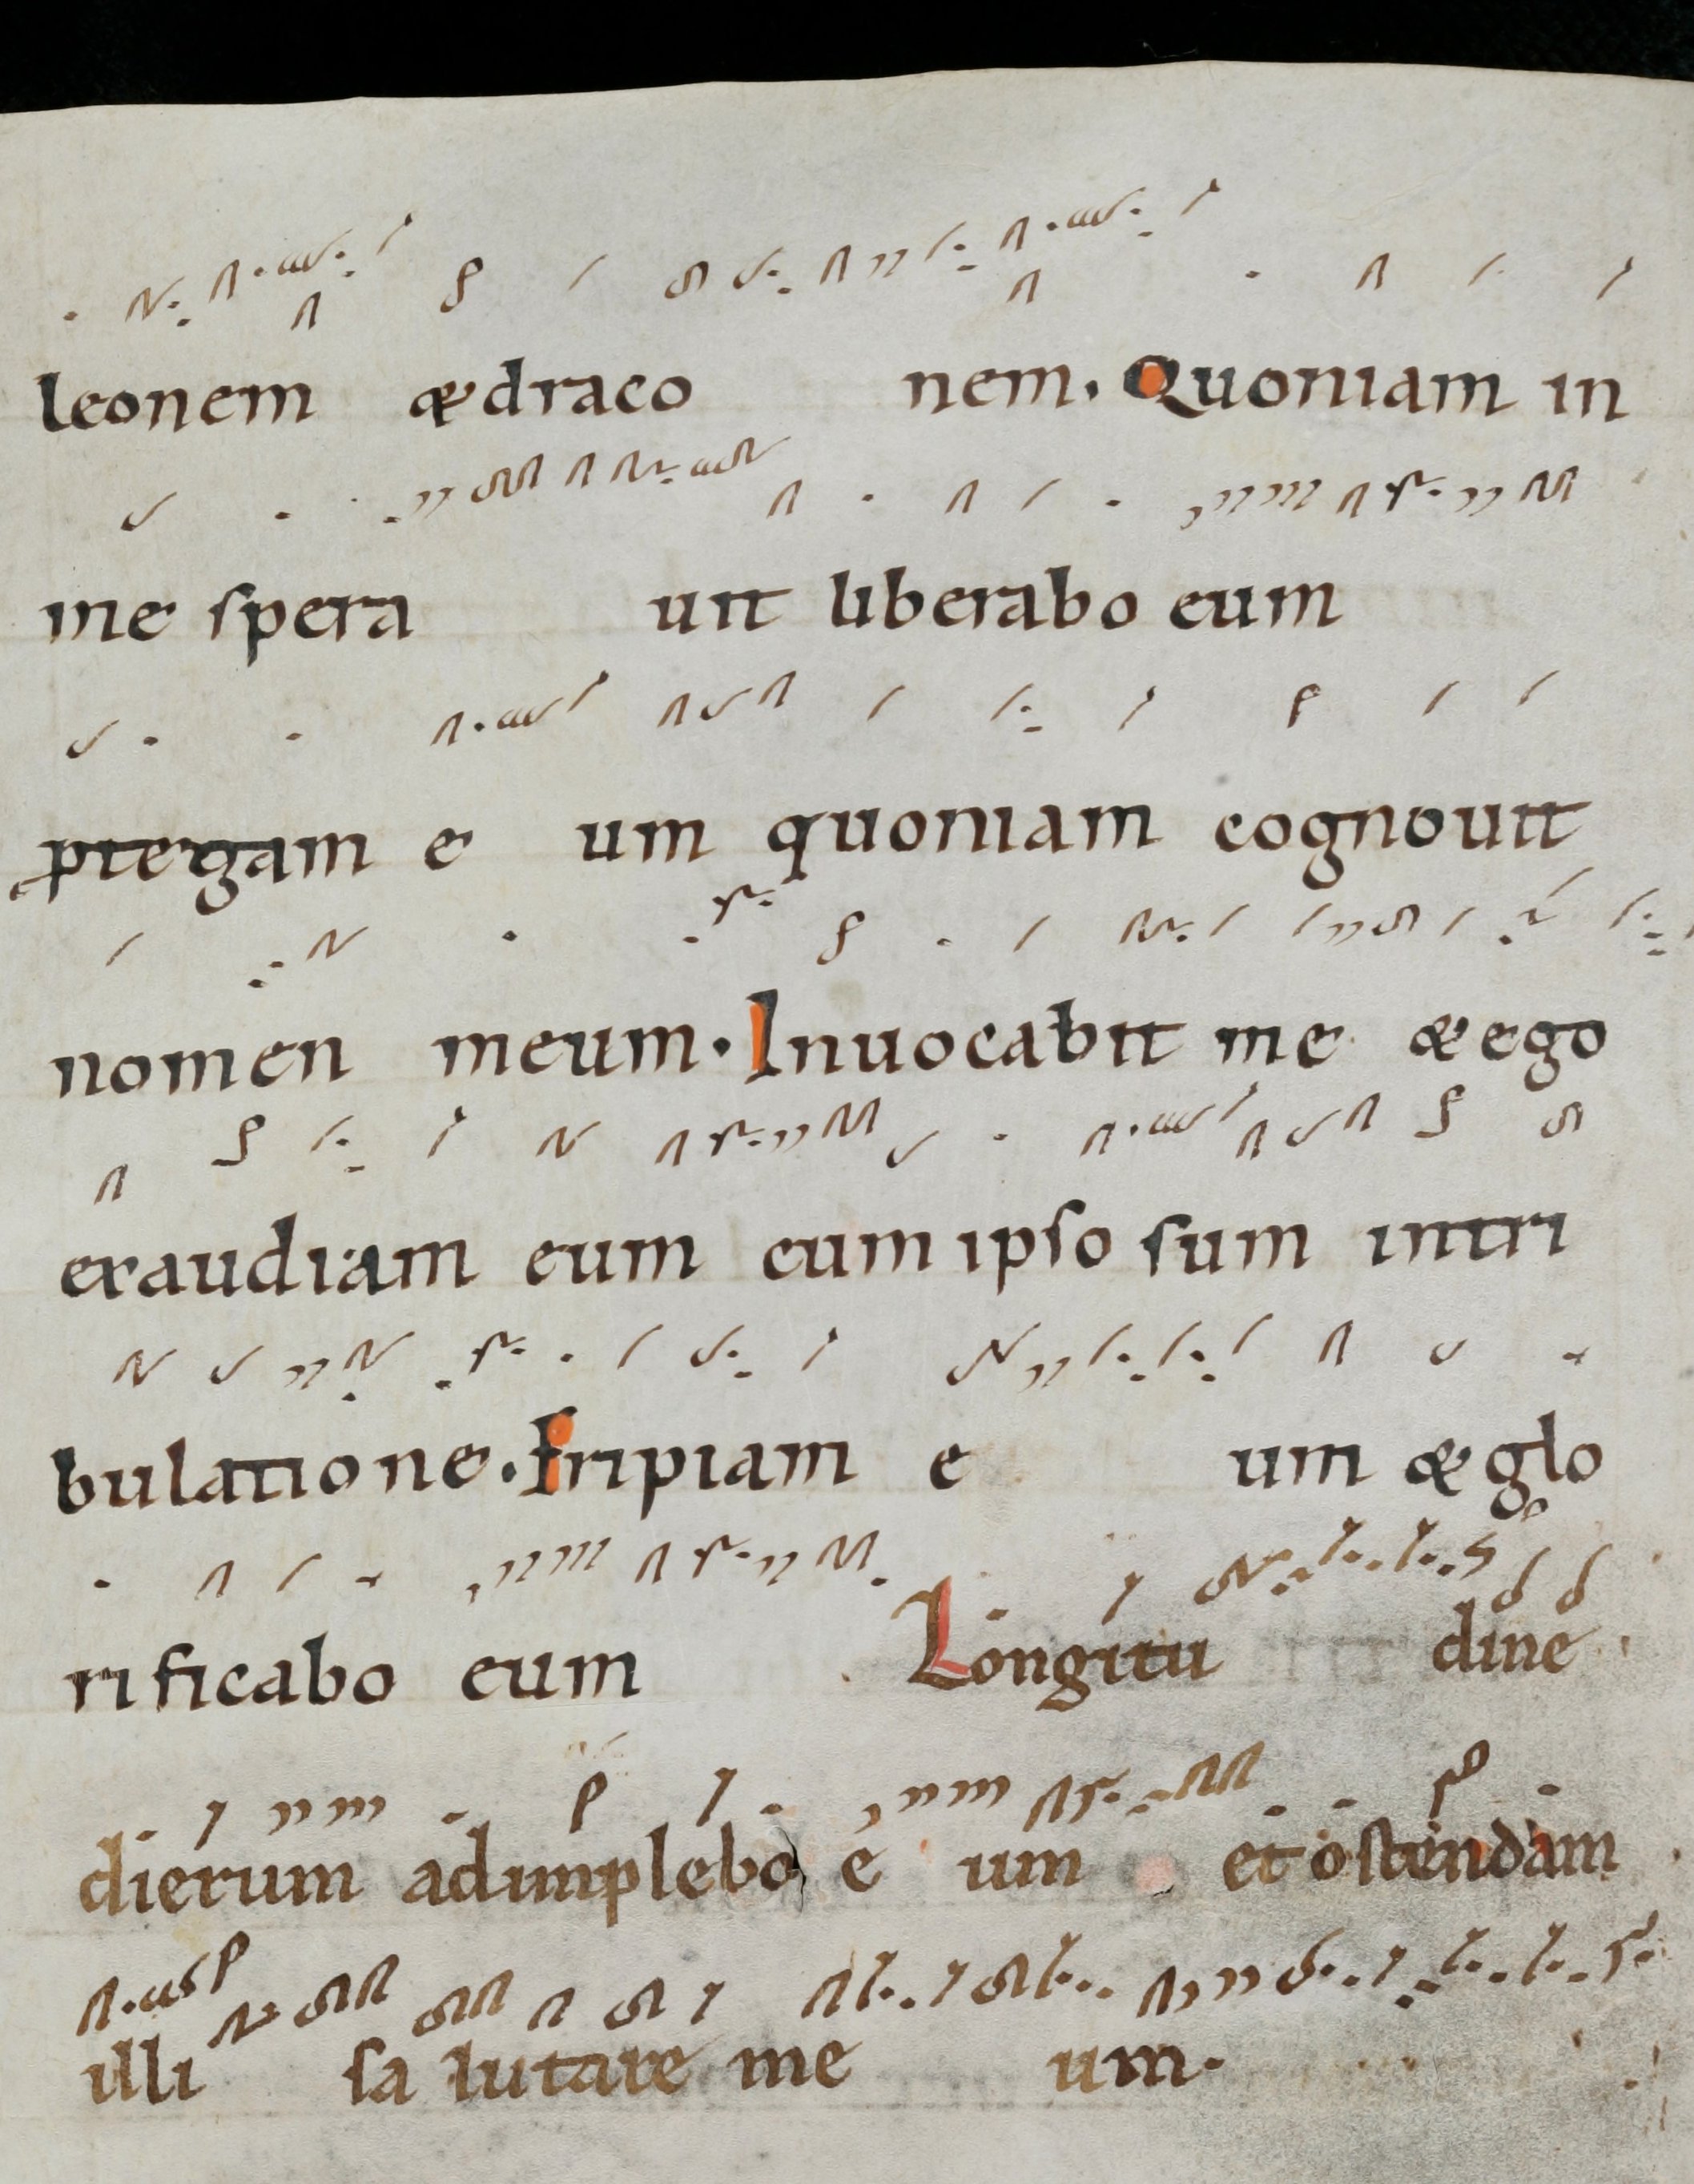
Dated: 1000–1099